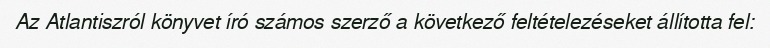
Az Atlantiszról könyvet író számos szerző a következő feltételezéseket állította fel: